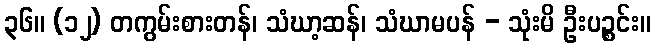
၃၆။ (၁၂) တကွမ်းစားတန်၊ သံဃာ့ဆန်၊ သံဃာမပန် - သုံးမိ ဦးပဉ္စင်း။